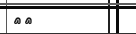
٧٦